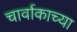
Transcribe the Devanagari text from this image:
चार्वाकाच्या